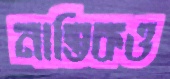
নাস্তিকও